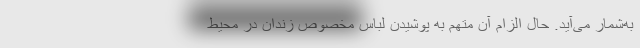
به‌شمار می‌آید. حال الزام آن متهم به پوشیدن لباس مخصوص زندان در محیط